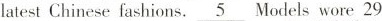
latest Chinese fashions. \underline{5} Models wore 29